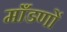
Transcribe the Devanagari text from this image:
माँडणों